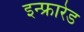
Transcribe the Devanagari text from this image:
इन्‍फ्रारेड